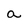
Character: a